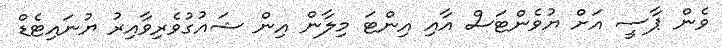
ވެން ޕާސީ އަށް ޔުވެންޓަސް އާއި އިންޓަ މިލާން އިން ޝައުގުވެރިވާއިރު ޔުނައިޓެޑް